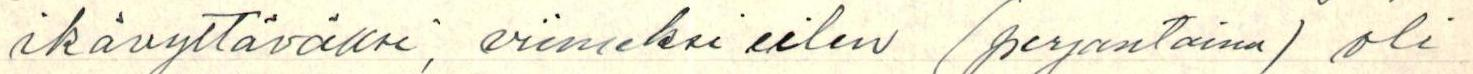
ikävyttäväksi, viimeksi eilen (perjantaina) oli